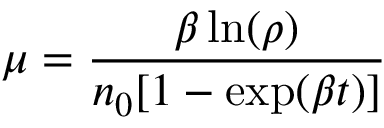
\mu = { \frac { \beta \ln ( \rho ) } { n _ { 0 } [ 1 - \exp ( \beta t ) ] } }